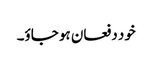
خود دفعان ہو جاؤ۔